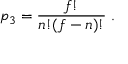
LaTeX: p _ { 3 } = { \frac { f ! } { n ! ( f - n ) ! } } \; .